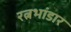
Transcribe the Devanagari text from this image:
रत्नभांडार